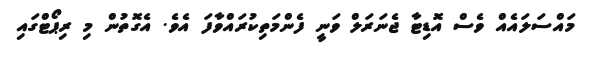
މައްސަލައެއް ވެސް އޮޑިޓާ ޖެނަރަލް ވަނީ ފެންމަތިކުރައްވާފަ އެވެ. އެގޮތުން މި ރިޕޯޓްގައި